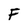
Character: F